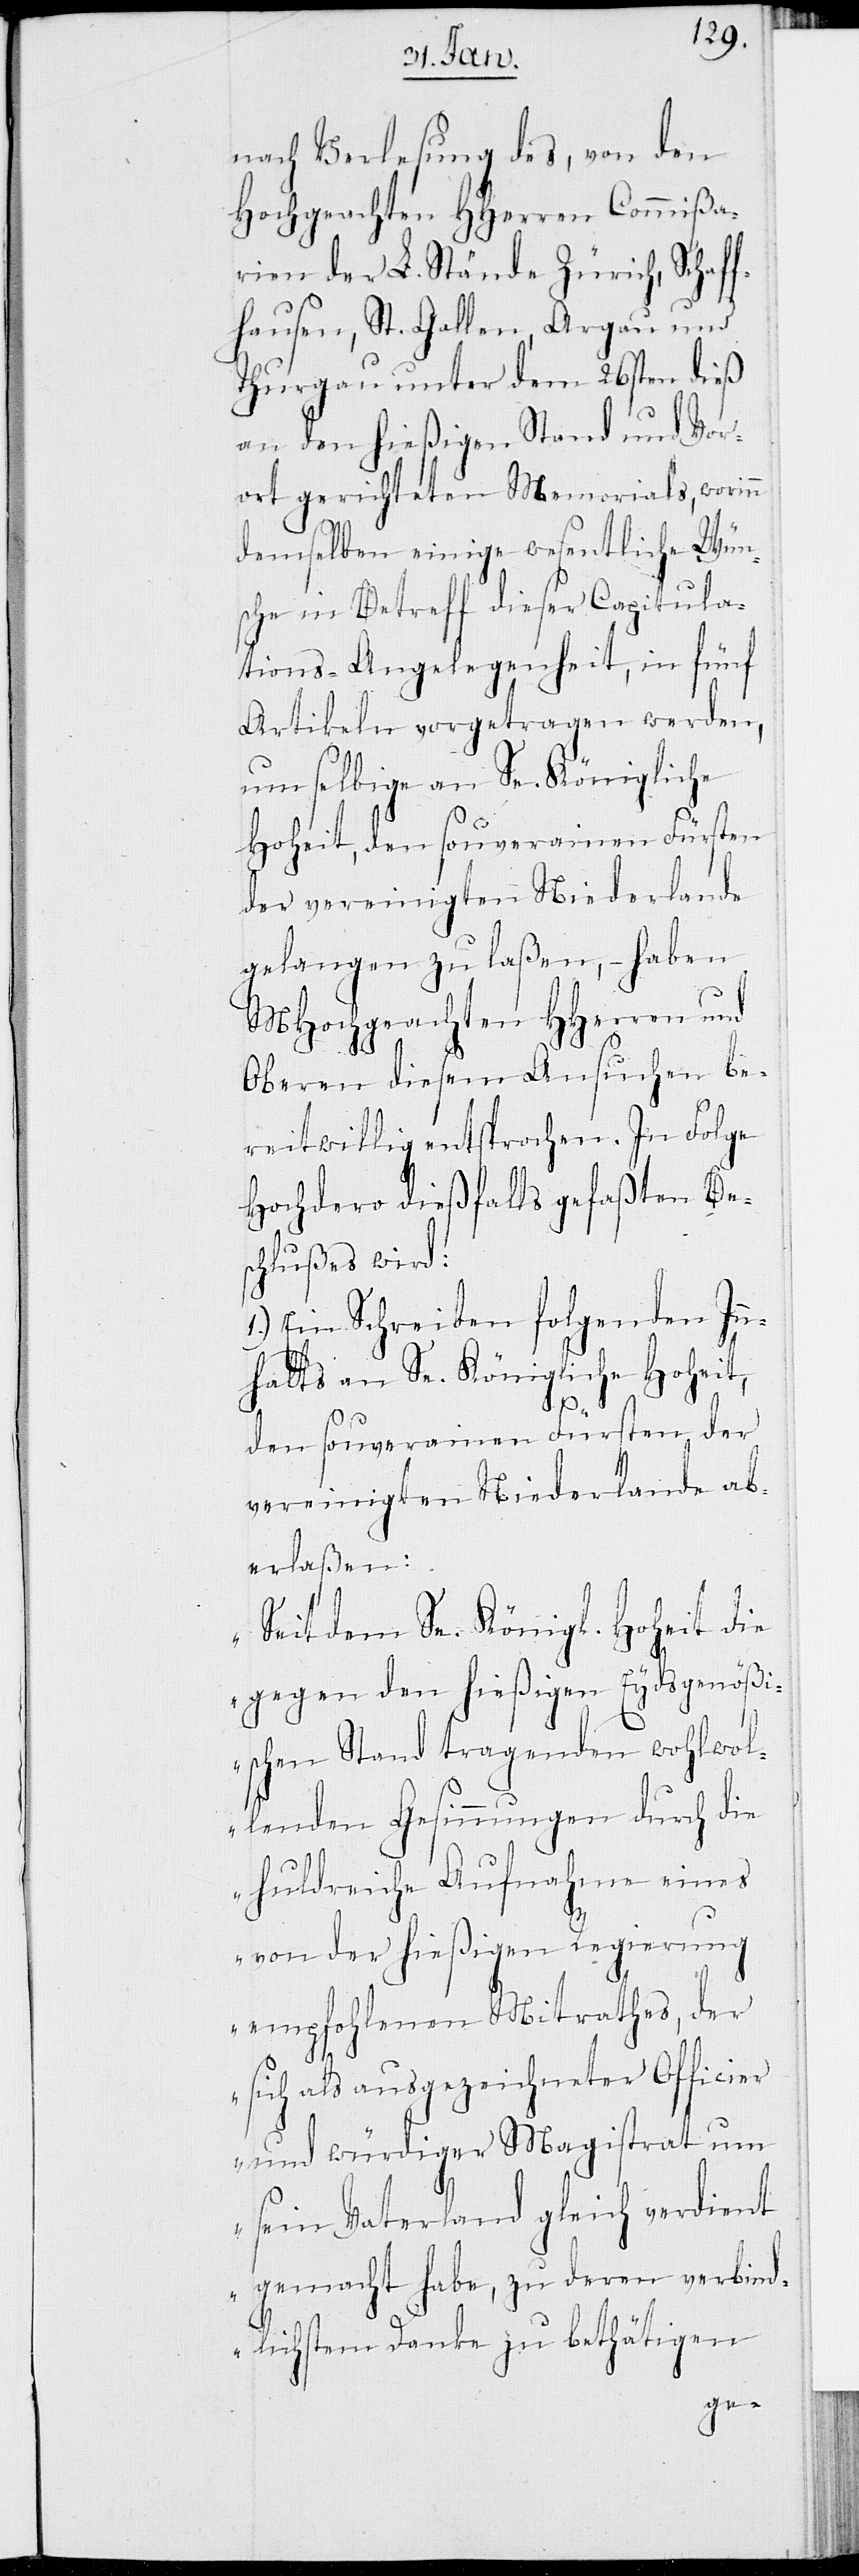
nach Verlesung des, von den
Hochgeachten HHerren Commißa¬
rien der L. Stände Zürich, Schaf¬
fhausen, St. Gallen, Argau und
Thurgau unter dem 26sten dieß
an den hießigen Stand und Vor¬
ort gerichteten Memorials, worinn
demselben einige wesentliche Wün¬
sche in Betreff dieser Capitula¬
tions-Angelegenheit, in fünf
Artikeln vorgetragen werden,
um selbige an Se. Königliche
Hoheit, den Souverainen Fürsten
der vereinigten Niederlande
gelangen zu laßen, – haben
MHochgeachten HHerren und
Oberen diesem Ansuchen be¬
reitwillig entsprochen. In Folge
Hochdero dießfalls gefaßten Bes¬
chlußes wird:
1.) Ein Schreiben folgenden In¬
halts an Se. Königliche Hoheit,
den Souverainen Fürsten der
vereinigten Niederlande ab¬
erlaßen:
„Seitdem Se. Königl. Hoheit die
gegen den hießigen Eydsgenößi¬
schen Stand tragenden wohlwol¬
lenden Gesinnungen durch die
huldreiche Aufnahme eines
von der hießigen Regierung
empfohlenen Mitrathes, der
sich als ausgezeichneter Officier
und würdiger Magistrat um
sein Vaterland gleich verdient
gemacht habe, zu deren verbind¬
lichsten Danke zu bethätigen